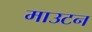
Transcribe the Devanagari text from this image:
माउटन